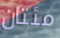
مئتان